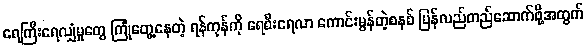
ရေကြီးရေလျှံမှုတွေ ကြုံတွေ့နေတဲ့ ရန်ကုန်ကို ရေစီးရေလာ ကောင်းမွန်တဲ့စနစ် ပြန်လည်တည်ဆောက်ဖို့အတွက်